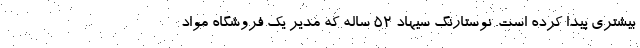
بیشتری پیدا کرده است. نوستارنگ سیهاد ۵۲ ساله که مدیر یک فروشگاه مواد